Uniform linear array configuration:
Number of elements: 24
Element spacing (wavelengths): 1
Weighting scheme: kaiser
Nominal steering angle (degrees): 0
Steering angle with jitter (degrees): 1.179
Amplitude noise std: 0.05
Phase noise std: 0.05

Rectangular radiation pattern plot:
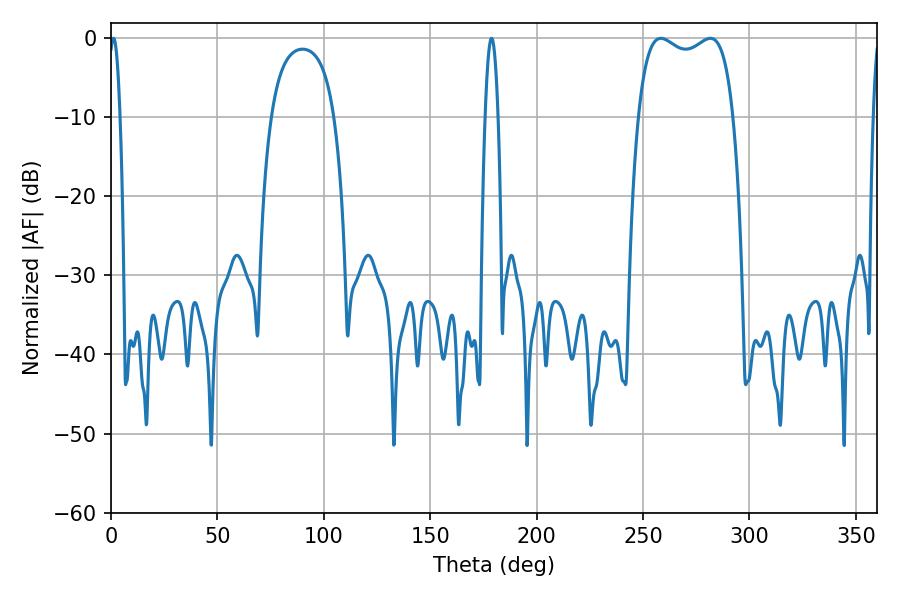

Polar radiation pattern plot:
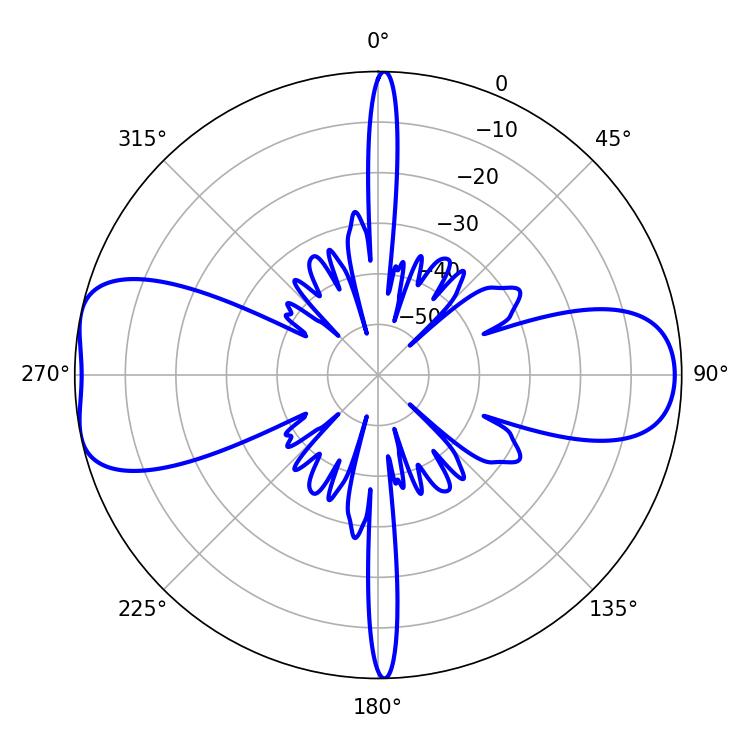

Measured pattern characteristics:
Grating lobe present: TRUE
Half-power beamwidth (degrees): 36.36
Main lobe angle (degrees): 258.3